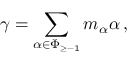
\gamma = \sum _ { \alpha \in \Phi _ { \geq - 1 } } m _ { \alpha } \alpha \, ,